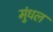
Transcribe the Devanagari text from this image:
मुंधल